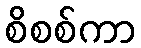
စိစစ်ကာ